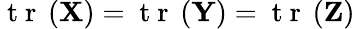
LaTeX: \mathrm{~t~r~}\left(\mathbf{X}\right)=\mathrm{~t~r~}\left(\mathbf{Y}\right)=\mathrm{~t~r~}\left(\mathbf{Z}\right)